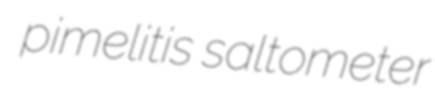
pimelitis saltometer